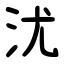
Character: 沋